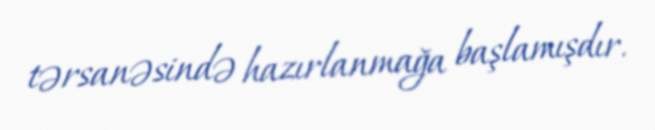
tərsanəsində hazırlanmağa başlamışdır.